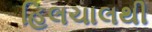
હિલચાલથી